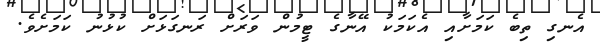
އެނގި ތިބެ ކަމަށާއި އެކަމަކު އޭނާގެ ޓީމުން ވަރަށް ރަނގަޅަށް ކުޅުނު ކަމަށެވެ.